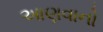
આણવાનો